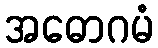
အဓောဂမံ